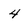
Character: 4